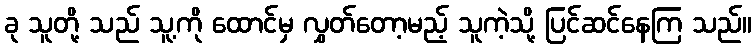
ခု သူတို့ သည် သူ့ကို ထောင်မှ လွှတ်တော့မည့် သူကဲ့သို့ ပြင်ဆင်နေကြ သည်။